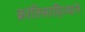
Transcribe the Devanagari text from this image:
क्रांतिसाहित्याने